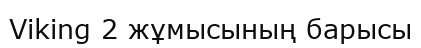
Viking 2 жұмысының барысы